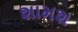
શામશ